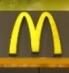
m